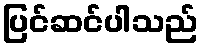
ပြင်ဆင်ပါသည်